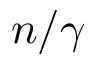
n / \gamma